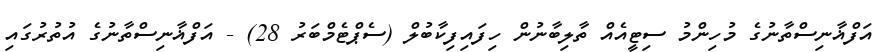
އަފްޣާނިސްތާނުގެ މުހިންމު ސިޓީއެއް ތާލިބާނުން ހިފައިފިކާބުލް (ސެޕްޓެމްބަރު 28) - އަފްޣާނިސްތާނުގެ އުތުރުގައި